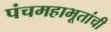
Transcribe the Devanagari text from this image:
पंचमहाभूतांची